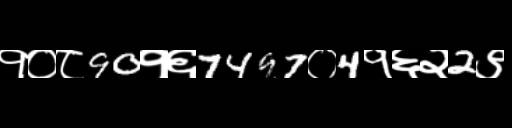
Text: १०८90१६7497०4१६२2९